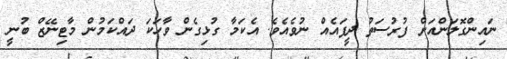
ނައިންގޮލަންއަށް ފުރުސަތު ދީފައެއް ނުވެއެވެ. އެކަމާ ގުޅިގެން ވާހަކަ ދައްކަމުން މާޓިނޭޒް ބުނީ